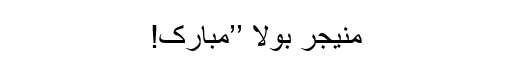
منیجر بولا ’’مبارک!